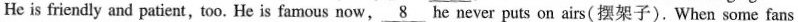
He is friendly and patient, too. He is famous now,\underline{8} he never puts on airs(摆架子).When some fans